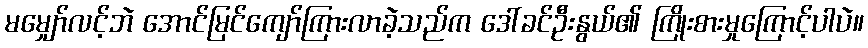
မမျှော်လင့်ဘဲ အောင်မြင်ကျော်ကြားလာခဲ့သည်က ဒေါ်ခင်ဦးနွယ်၏ ကြိုးစားမှုကြောင့်ပါပဲ။